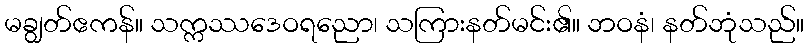
မချွတ်ဧကန်။ သက္ကဿဒေဝရညော၊ သကြားနတ်မင်း၏။ ဘဝနံ၊ နတ်ဘုံသည်။